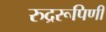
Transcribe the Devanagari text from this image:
रुद्ररूपिणी